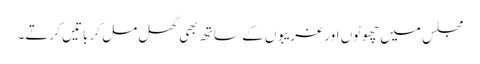
مجلس میں چھوٹوں اور غریبوں کے ساتھ بھی گھل مل کر باتیں کرتے۔